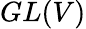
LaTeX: GL(V)